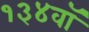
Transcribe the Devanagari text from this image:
१३४वॉ